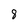
Character: 8